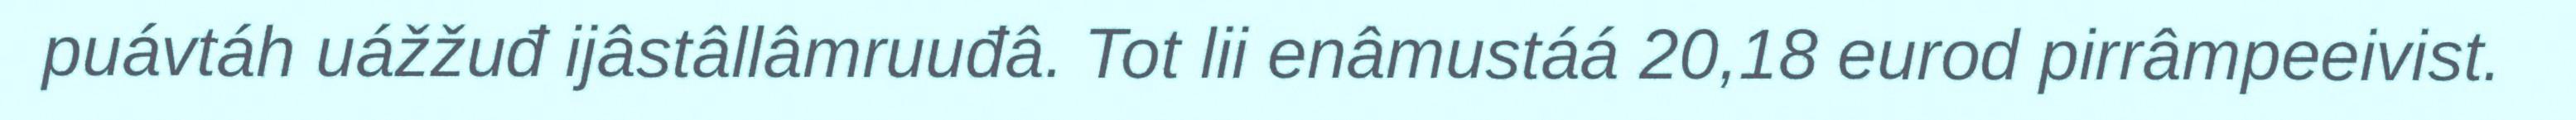
puávtáh uážžuđ ijâstâllâmruuđâ. Tot lii enâmustáá 20,18 eurod pirrâmpeeivist.